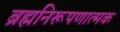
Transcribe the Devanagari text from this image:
ब्रह्मनिरूपणात्मक